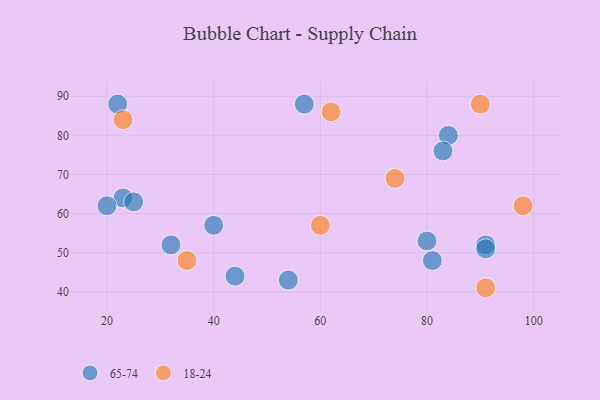
{"axis": {"x": "GDP", "y": "Life Expectancy"}, "legend": ["18-24", "65-74"], "data": [{"x": "23", "y": 64, "type": "65-74"}, {"x": "32", "y": 52, "type": "65-74"}, {"x": "84", "y": 80, "type": "65-74"}, {"x": "22", "y": 88, "type": "65-74"}, {"x": "80", "y": 53, "type": "65-74"}, {"x": "91", "y": 52, "type": "65-74"}, {"x": "40", "y": 57, "type": "65-74"}, {"x": "83", "y": 76, "type": "65-74"}, {"x": "81", "y": 48, "type": "65-74"}, {"x": "57", "y": 88, "type": "65-74"}, {"x": "44", "y": 44, "type": "65-74"}, {"x": "54", "y": 43, "type": "65-74"}, {"x": "20", "y": 62, "type": "65-74"}, {"x": "91", "y": 51, "type": "65-74"}, {"x": "25", "y": 63, "type": "65-74"}, {"x": "90", "y": 88, "type": "18-24"}, {"x": "60", "y": 57, "type": "18-24"}, {"x": "23", "y": 84, "type": "18-24"}, {"x": "74", "y": 69, "type": "18-24"}, {"x": "35", "y": 48, "type": "18-24"}, {"x": "62", "y": 86, "type": "18-24"}, {"x": "98", "y": 62, "type": "18-24"}, {"x": "91", "y": 41, "type": "18-24"}]}